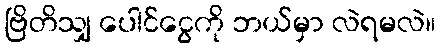
ဗြိတိသျှ ပေါင်ငွေကို ဘယ်မှာ လဲရမလဲ။